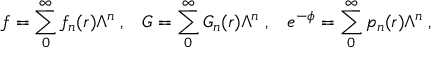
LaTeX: f = \sum _ { 0 } ^ { \infty } f _ { n } ( r ) \Lambda ^ { n } \; , \; \; \; G = \sum _ { 0 } ^ { \infty } G _ { n } ( r ) \Lambda ^ { n } \; , \; \; \; e ^ { - \phi } = \sum _ { 0 } ^ { \infty } p _ { n } ( r ) \Lambda ^ { n } \; ,